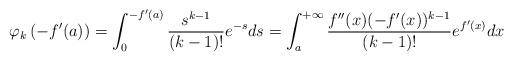
LaTeX: \begin{align*}\varphi_k\left(-f'(a)\right)=\int_0^{-f'(a)}\frac{s^{k-1}}{(k-1)!}e^{-s}ds=\int_a^{+\infty}\frac{f''(x)(-f'(x))^{k-1}}{(k-1)!}e^{f'(x)}dx\end{align*}